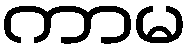
ကာမ